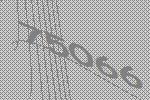
75066